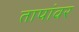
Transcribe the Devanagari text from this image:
तापांवर